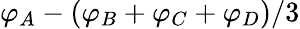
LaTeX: \varphi_{A}-(\varphi_{B}+\varphi_{C}+\varphi_{D})/3